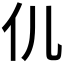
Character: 𮯴